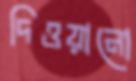
দিওয়ানো